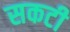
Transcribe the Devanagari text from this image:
सकटी